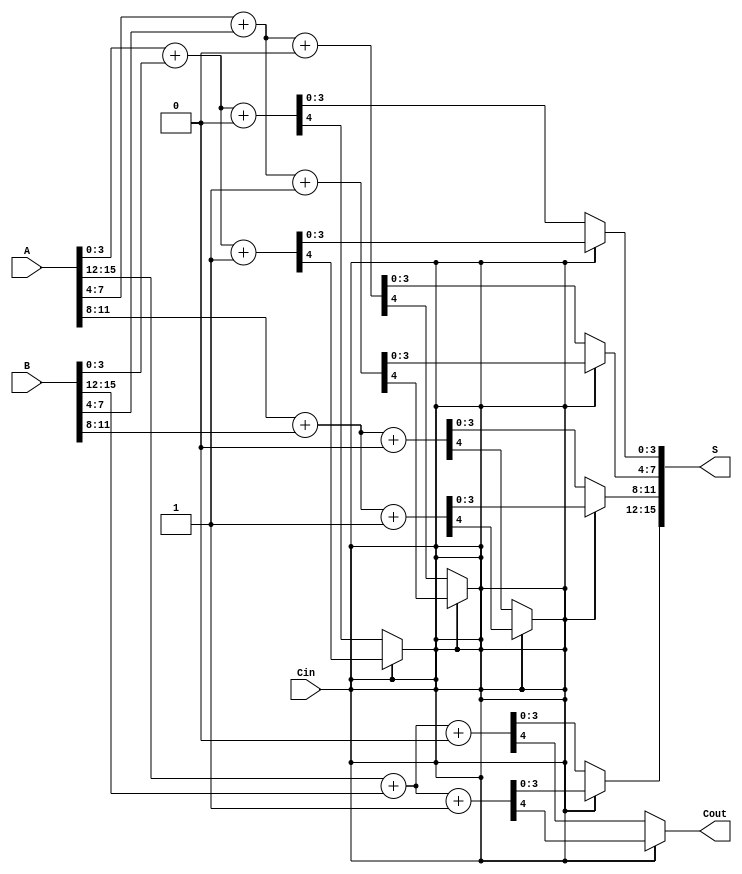
module CCSA #(parameter N = 16, parameter M = 4) (
    input [N-1:0] A,
    input [N-1:0] B,
    input Cin,
    output [N-1:0] S,
    output Cout
);
    
    // Define number of groups
    localparam NUM_GROUPS = N / M;

    // Temporary sum and carry outputs for each group
    wire [M-1:0] S0 [0:NUM_GROUPS-1];
    wire [M-1:0] S1 [0:NUM_GROUPS-1];
    wire C0 [0:NUM_GROUPS-1];
    wire C1 [0:NUM_GROUPS-1];
    wire [NUM_GROUPS:0] C; // Carry outputs from each group

    // Generate sum and carry outputs for each group
    genvar i;
    generate
        for (i = 0; i < NUM_GROUPS; i = i + 1) begin : group
            // Extract bits for the group
            wire [M-1:0] A_group = A[i*M +: M];
            wire [M-1:0] B_group = B[i*M +: M];

            // Sum when carry is 0
            assign {C0[i], S0[i]} = A_group + B_group + 1'b0;
            // Sum when carry is 1
            assign {C1[i], S1[i]} = A_group + B_group + 1'b1;

            // Connect carry outputs
            assign C[i] = (i == 0) ? Cin : C[i-1];
        end
    endgenerate
    
    // Final sum and carry output selection
    generate
        for (i = 0; i < NUM_GROUPS; i = i + 1) begin : select
            // Select the appropriate sum based on carry
            assign S[i*M +: M] = C[i] ? S1[i] : S0[i];
            // Carry output for the next group
            assign C[i+1] = C[i] ? C1[i] : C0[i];
        end
    endgenerate
    
    // Final carry output
    assign Cout = C[NUM_GROUPS];

endmodule